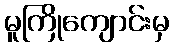
မူကြိုကျောင်းမှ